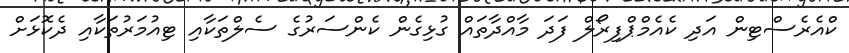
ކްއެރެސްޓިން އަދި ކެއެމްޕްފިރޯލް ފަދަ މާއްދާތައް ގުޅިގެން ކެންސަރުގެ ސެލްތަކާއި ޓިއުމަރުތަކާއި ދެކޮޅަށް